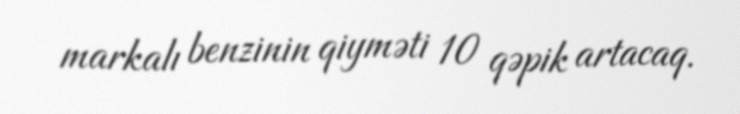
markalı benzinin qiyməti 10 qəpik artacaq.